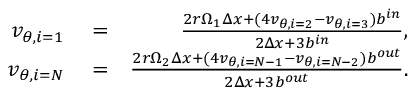
\begin{array} { r l r } { v _ { \theta , i = 1 } } & { { } = } & { \frac { 2 r \Omega _ { 1 } \Delta x + ( 4 v _ { \theta , i = 2 } - v _ { \theta , i = 3 } ) b ^ { i n } } { 2 \Delta x + 3 b ^ { i n } } , } \\ { v _ { \theta , i = N } } & { { } = } & { \frac { 2 r \Omega _ { 2 } \Delta x + ( 4 v _ { \theta , i = N - 1 } - v _ { \theta , i = N - 2 } ) b ^ { o u t } } { 2 \Delta x + 3 b ^ { o u t } } . } \end{array}